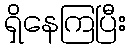
ရှိနေကြပြီး